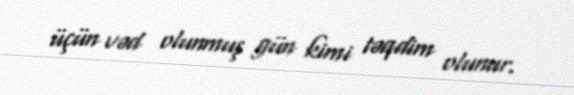
üçün vəd olunmuş gün kimi təqdim olunur.